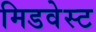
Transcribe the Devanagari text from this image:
मिडवेस्‍ट